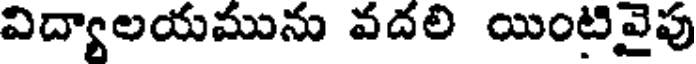
విద్యాలయమును వదలి యింటివైపు